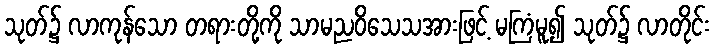
သုတ်၌ လာကုန်သော တရားတို့ကို သာမညဝိသေသအားဖြင့် မကြံမူ၍ သုတ်၌ လာတိုင်း